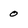
Character: 0